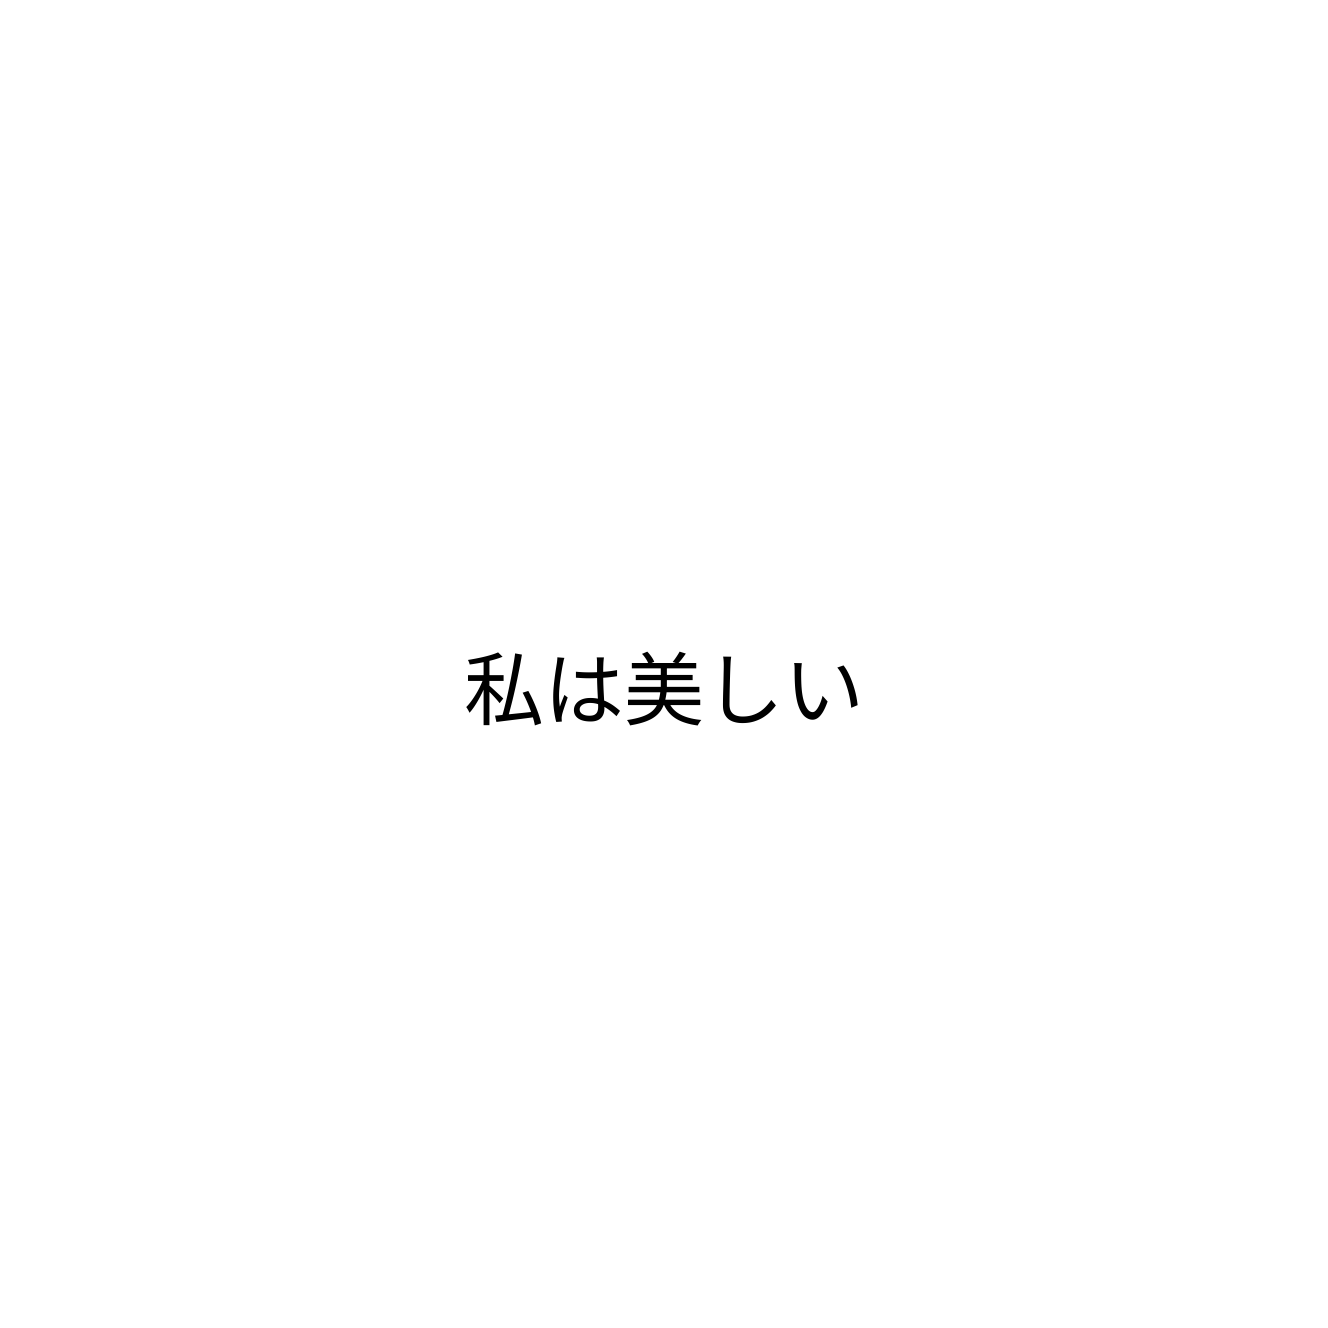
私は美しい